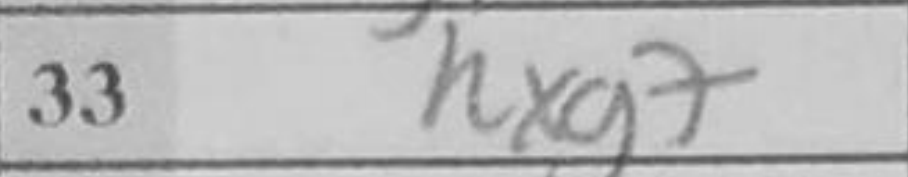
Transcription: Rxg7